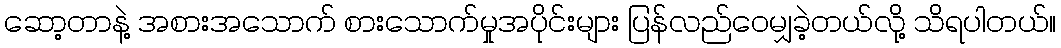
ဆော့တာနဲ့ အစားအသောက် စားသောက်မှုအပိုင်းများ ပြန်လည်ဝေမျှခဲ့တယ်လို့ သိရပါတယ်။